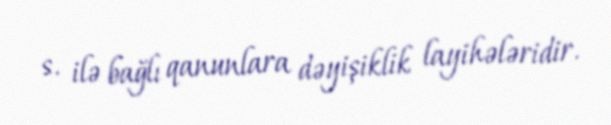
s. ilə bağlı qanunlara dəyişiklik layihələridir.